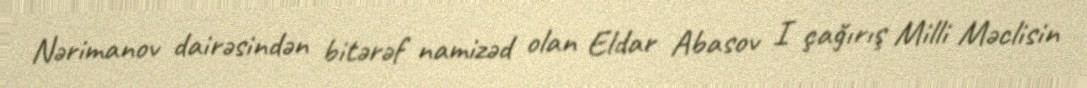
Nərimanov dairəsindən bitərəf namizəd olan Eldar Abasov I çağırış Milli Məclisin